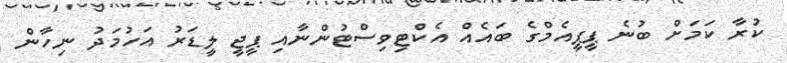
ކުރާ ކަމަށް ބުނެ ޕީޕީއެމްގެ ބައެއް އެކްޓިވިސްޓުންނާއި ޕީޖީ ލީޑަރު އަހުމަދު ނިހާން